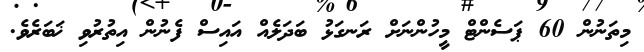
މިތަނުން 60 ޕަސެންޓް މީހުންނަށް ރަނގަޅު ބަދަލެއް އައިސް ފެނުން އިތުރުވި ޚަބަރެވެ.